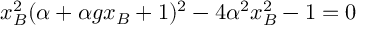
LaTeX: x _ { B } ^ { 2 } ( \alpha + \alpha g x _ { B } + 1 ) ^ { 2 } - 4 \alpha ^ { 2 } x _ { B } ^ { 2 } - 1 = 0